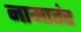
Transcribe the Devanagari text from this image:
नामातंर